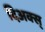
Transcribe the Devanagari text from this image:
दिअक्स्